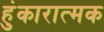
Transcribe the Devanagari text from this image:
हुंकारात्मक